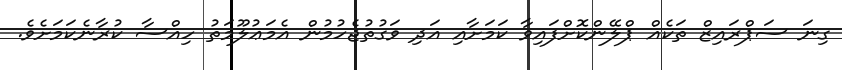
ގިނަ ސަޕްރައިޒް ތަކެއް ޕްލޭންކޮށްފައިވާ ކަމަށާއި އަދި ވަގުތުޖެހުމުން އެމަޢުލޫމަތު ހިއްސާ ކުރާނެކަމަށެވެ.